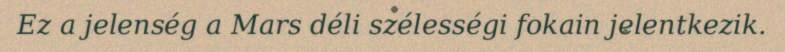
Ez a jelenség a Mars déli szélességi fokain jelentkezik.